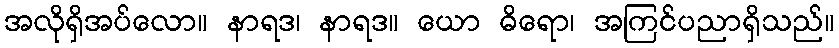
အလိုရှိအပ်လော။ နာရဒ၊ နာရဒ။ ယော ဓိရော၊ အကြင်ပညာရှိသည်။